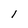
Character: 1